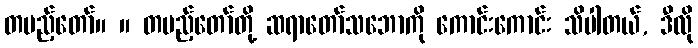
တပည့်တော်။ ။ တပည့်တော်တို့ ဆရာတော်သဘောကို ကောင်းကောင်း သိပါတယ်, ဒီလို